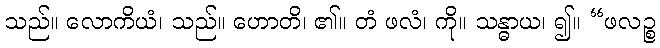
သည်။ လောကိယံ၊ သည်။ ဟောတိ၊ ၏။ တံ ဖလံ၊ ကို။ သန္ဓာယ၊ ၍။ “ဖလဉ္စ